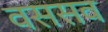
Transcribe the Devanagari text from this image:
वससव